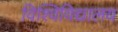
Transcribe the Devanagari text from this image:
विश्विविद्यालय